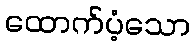
ထောက်ပံ့သော